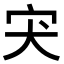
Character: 宊